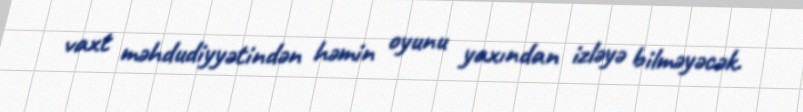
vaxt məhdudiyyətindən həmin oyunu yaxından izləyə bilməyəcək.